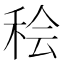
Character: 𫞷